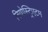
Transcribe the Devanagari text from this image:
नियोस्ट्रिएटम